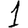
Digit: 1